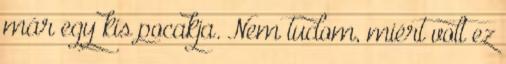
már egy kis pocakja. Nem tudom, miért volt ez